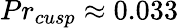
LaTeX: Pr_{cusp}\approx 0.033